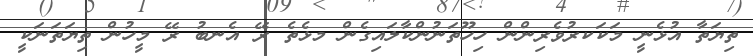
ތިޔަތާ އުޅެނީ މަކަކރުވެރިންން ހިހޫތަނުންކާލައިގެން މޅެތެ ރޭ އެނބު ރޭ މީހުން ތިޔަތަނަކީ